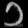
Digit: ၁